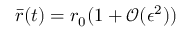
{ \bar { r } } ( t ) = r _ { 0 } ( 1 + \mathcal { O } ( \epsilon ^ { 2 } ) )